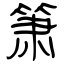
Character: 箫